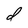
Character: d